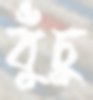
বুঁচু